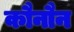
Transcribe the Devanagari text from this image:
कौनौन